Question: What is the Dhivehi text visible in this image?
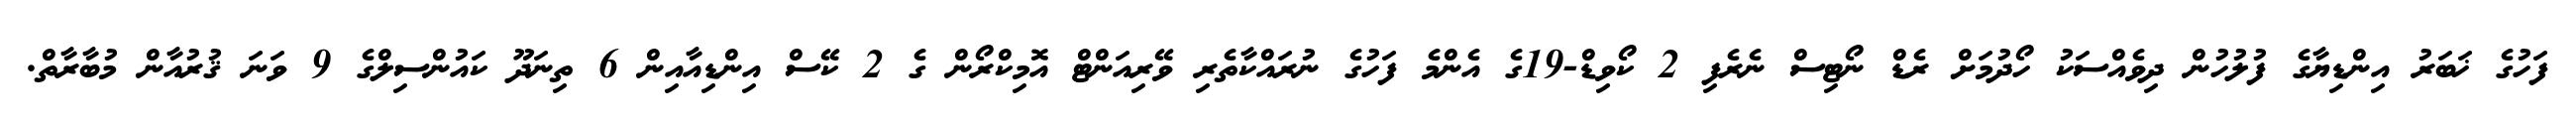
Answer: ފަހުގެ ޚަބަރު އިންޑިޔާގެ ފުލުހުން ދިވެއްސަކު ހޯދުމަށް ރެޑް ނޯޓިސް ނެރެފި 2 ކޯވިޑް-19ގެ އެންމެ ފަހުގެ ނުރައްކާތެރި ވޭރިއަންޓް އޮމިކްރޯން ގެ 2 ކޭސް އިންޑިއާއިން 6 ތިނަދޫ ކައުންސިލްގެ 9 ވަނަ ޤުރުއާން މުބާރާތް.